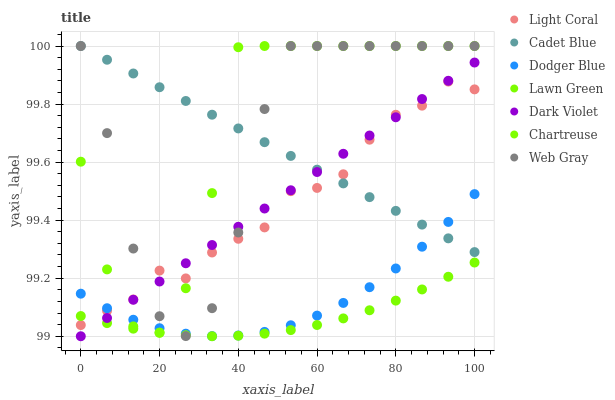
| xaxis_label | Light Coral | Cadet Blue | Dodger Blue | Lawn Green | Dark Violet | Chartreuse | Web Gray |
 | --- | --- | --- | --- | --- | --- | --- | --- |
 | 0 | 99 | 100 | 99.1 | 99.1 | 99 | 99.6 | 100 |
 | 6.67 | 99.1 | 100 | 99.1 | 99 | 99.1 | 99.2 | 99.7 |
 | 13.3 | 99.1 | 99.9 | 99.1 | 99 | 99.1 | 99 | 99.3 |
 | 20 | 99.2 | 99.9 | 99 | 99 | 99.2 | 99 | 99.1 |
 | 26.7 | 99.2 | 99.8 | 99 | 99 | 99.3 | 99.2 | 99 |
 | 33.3 | 99.3 | 99.8 | 99 | 99 | 99.3 | 99.5 | 99.1 |
 | 40 | 99.3 | 99.7 | 99 | 99 | 99.4 | 100 | 99.4 |
 | 46.7 | 99.4 | 99.7 | 99 | 99 | 99.4 | 100 | 99.8 |
 | 53.3 | 99.5 | 99.6 | 99 | 99 | 99.5 | 100 | 100 |
 | 60 | 99.5 | 99.6 | 99.1 | 99 | 99.6 | 100 | 100 |
 | 66.7 | 99.6 | 99.5 | 99.1 | 99.1 | 99.6 | 100 | 100 |
 | 73.3 | 99.7 | 99.5 | 99.2 | 99.1 | 99.7 | 100 | 100 |
 | 80 | 99.8 | 99.4 | 99.2 | 99.1 | 99.8 | 100 | 100 |
 | 86.7 | 99.8 | 99.4 | 99.3 | 99.2 | 99.8 | 100 | 100 |
 | 93.3 | 99.9 | 99.3 | 99.4 | 99.2 | 99.9 | 100 | 100 |
 | 100 | 99.9 | 99.3 | 99.5 | 99.3 | 99.9 | 100 | 100 |